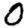
Digit: 0